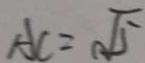
A C = \sqrt { 5 }